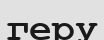
геру